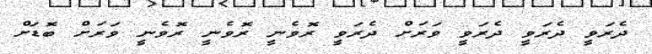
ދެރަވީ ދެރަވީ ދެރަވީ ވަރަށް ދެރަވީ ރޮވެނީ ރޮވެނީ ރޮވެނީ ވަރަށް ބޮޑަށް